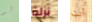
لو نزلة أنت